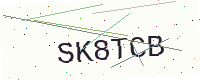
Text: SK8TCB